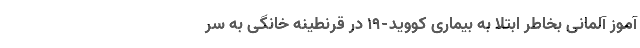
آموز آلمانی بخاطر ابتلا به بیماری کووید-۱۹ در قرنطینه خانگی به سر